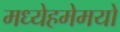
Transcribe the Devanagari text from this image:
मध्येहमेमयो